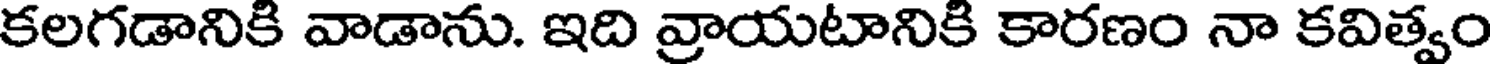
కలగడానికి వాడాను. ఇది వ్రాయటానికి కారణం నా కవిత్వం